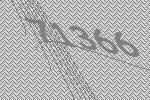
71366